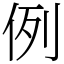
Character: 例